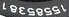
15585381